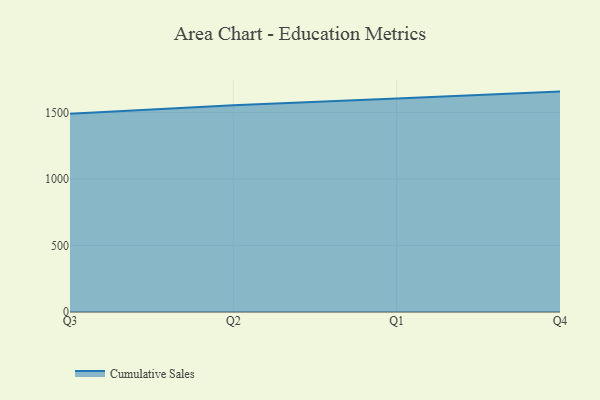
{"axis": {"x": "Quarter", "y": "Temperature (°C)"}, "legend": ["Cumulative Sales"], "data": [{"x": "Q3", "y": 1491.0, "type": "Cumulative Sales"}, {"x": "Q2", "y": 1554.0, "type": "Cumulative Sales"}, {"x": "Q1", "y": 1605.8, "type": "Cumulative Sales"}, {"x": "Q4", "y": 1657.2, "type": "Cumulative Sales"}]}